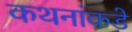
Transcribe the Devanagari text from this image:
कथनांकडे